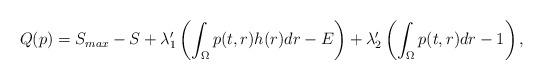
LaTeX: \begin{align*}Q(p)=S_{max}-S+\lambda'_1\left(\int_{\Omega}{p(t,r)h(r)dr}-E\right)+\lambda'_2\left(\int_{\Omega}{p(t,r)dr}-1\right),\end{align*}